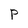
Character: P